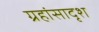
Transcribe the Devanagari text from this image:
ग्रहांसादृश